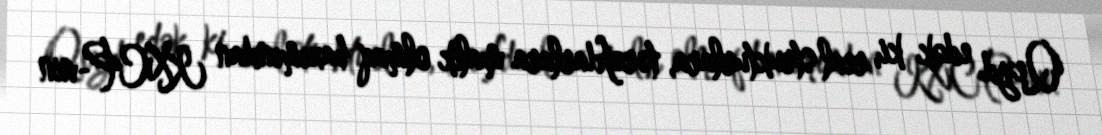
Qeyd edək ki, real strukturlara, tərəfdarlara malik olmaq baxımından KXCP-nin